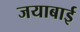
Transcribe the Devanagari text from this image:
जयाबाई